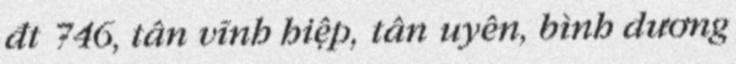
đt 746, tân vĩnh hiệp, tân uyên, bình dương